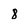
Character: 8